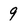
Character: 9